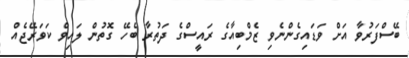
ބޭސްފަރުވާ އަށް ވަޑައިގެންނެވި ޒެމްބިއާގެ ރައީސްގެ ދަތުރާ ބެހޭ ގޮތުން ލައިވް ކަވަރޭޖެއް